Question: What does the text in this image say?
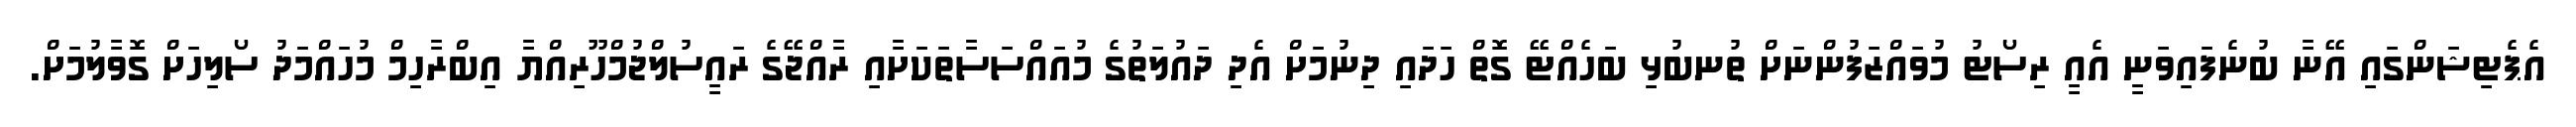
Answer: އެޕެޓިޝަންގައި އޭނާ ބުނެފައިވަނީ އެއީ ރިސޯޓު މުވައްޒަފުންނަށް ތުނބުޅި ބަހެއްޓޭ ގޮތް ހަދައި ދިނުމަށް އެދި ދައުލަތުގެ މުއައްސަސާތަކަށާއި ރާއްޖޭގެ ރައީސުލްޖުމްހޫރިއްޔާ އިބްރާހިމް މުހައްމަދު ސޯލިހަށް ގޮވާލުމަށް.